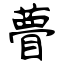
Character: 瞢